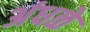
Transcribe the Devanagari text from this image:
अंधळे